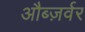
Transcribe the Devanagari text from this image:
औब्ज़र्वर